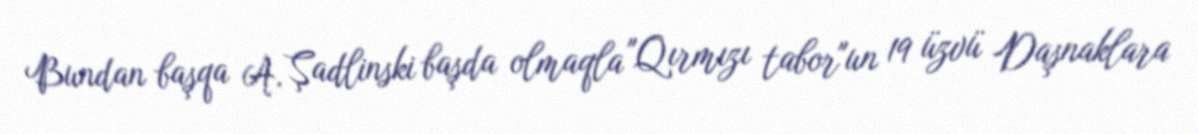
Bundan başqa A. Şadlinski başda olmaqla "Qırmızı tabor"un 19 üzvü Daşnaklara